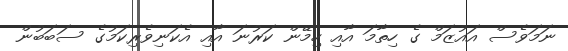
ނަމަވެސް އައުޒަމް ގެ ހިތާމަ އާއި ހިމޭން ކަރުނަ އާއި އެކަނިވެރިކަމުގެ ސަބަބުން